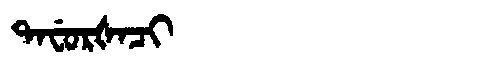
Manchu: ᡨᠠᠸᡠᡵᡧᠠᠴᡳ
Romanization: TAFURŠACI